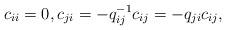
LaTeX: \begin{align*}c_{ii}=0, c_{ji}=-q_{ij}^{-1}c_{ij}=-q_{ji}c_{ij}, {}\end{align*}